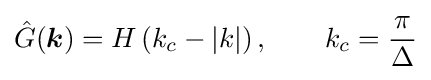
{\hat {G}}({\boldsymbol {k}})=H\left(k_{c}-\left|k\right|\right),\qquad k_{c}={\frac {\pi }{\Delta }}